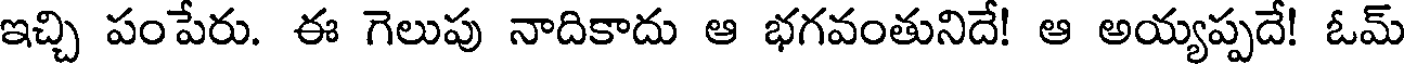
ఇచ్చి పంపేరు. ఈ గెలుపు నాదికాదు ఆ భగవంతునిదే! ఆ అయ్యప్పదే! ఓమ్